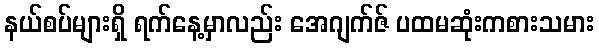
နယ်စပ်များရှိ ရက်နေ့မှာလည်း အေဂျက်ဇ် ပထမဆုံးကစားသမား